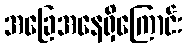
အခြေအနေရှိကြောင်း